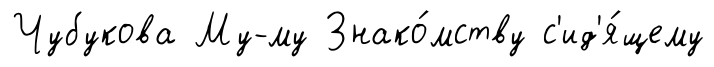
Чубукова Му-му Знако́мству с'ид'я́щему